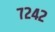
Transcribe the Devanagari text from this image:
७२४२